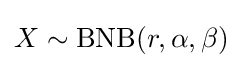
X\sim \mathrm {BNB} (r,\alpha ,\beta )